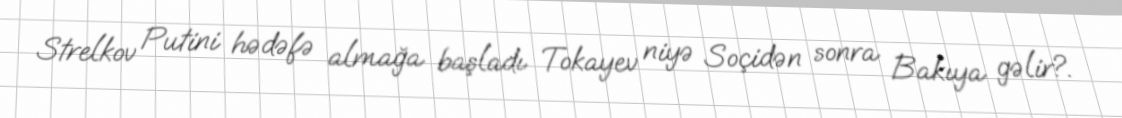
Strelkov Putini hədəfə almağa başladı Tokayev niyə Soçidən sonra Bakıya gəlir?.